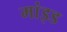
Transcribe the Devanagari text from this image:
मांइड